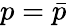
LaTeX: p=\bar{p}